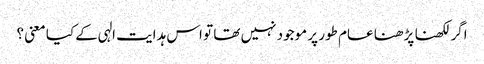
اگر لکھنا پڑھنا عام طور پر موجود نہیں تھا تو اس ہدایت الہی کے کیا معنی ؟